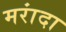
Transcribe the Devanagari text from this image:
मरांदा